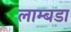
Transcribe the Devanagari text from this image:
लाम्बडा